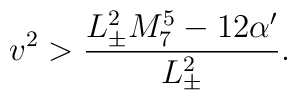
v^2 > \frac{L_{\pm}^2 M_{7}^5 - 12 \alpha'}{L_{\pm}^2}.